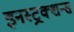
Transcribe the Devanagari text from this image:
इनस्ट्रक्शन्स